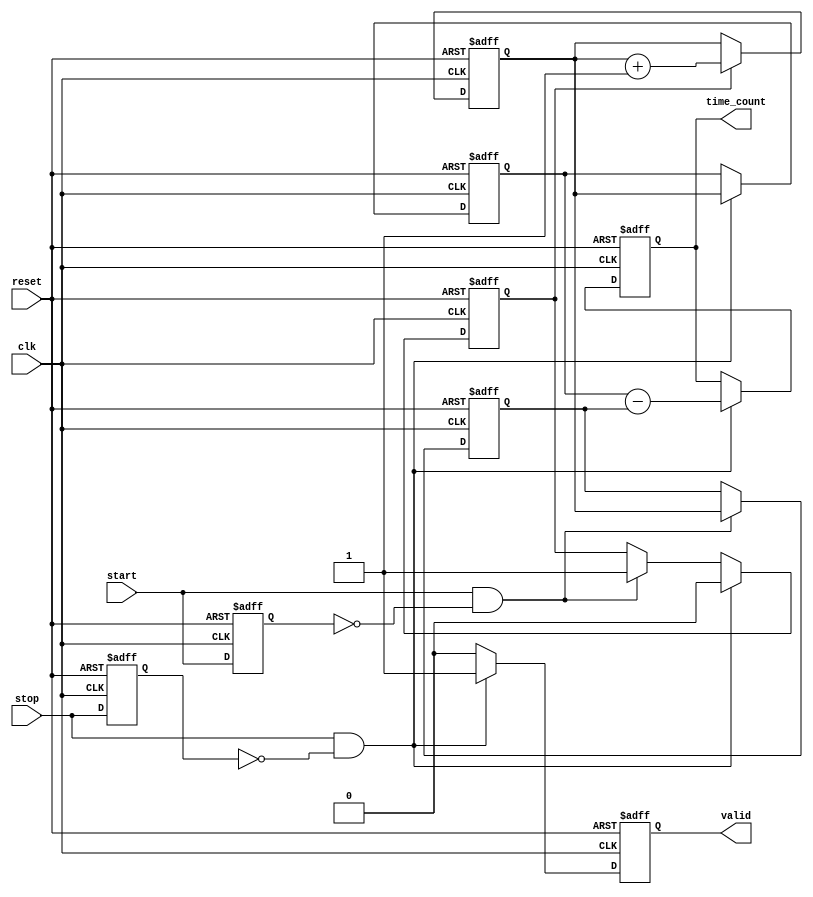
module Synchronized_TDC (
    input wire clk,           // Clock signal
    input wire start,         // Start signal
    input wire stop,          // Stop signal
    input wire reset,         // Reset signal
    output reg [N-1:0] time_count, // Time count output
    output reg valid          // Valid signal output
);
    parameter N = 32; // Number of bits for the counter

    reg [N-1:0] counter;        // Counter to measure time
    reg [N-1:0] start_time;     // Latched start timestamp
    reg [N-1:0] stop_time;      // Latched stop timestamp
    reg counting;               // Counting state flag

    // Rising edge detection for start and stop signals
    reg start_prev;
    reg stop_prev;

    always @(posedge clk or posedge reset) begin
        if (reset) begin
            // Reset all registers and outputs
            counter <= 0;
            start_time <= 0;
            stop_time <= 0;
            time_count <= 0;
            valid <= 0;
            counting <= 0;
            start_prev <= 0;
            stop_prev <= 0;
        end else begin
            // Update previous states for edge detection
            start_prev <= start;
            stop_prev <= stop;

            // Counter logic
            if (counting) begin
                counter <= counter + 1; // Increment counter
            end

            // Start signal detection
            if (start && !start_prev) begin
                start_time <= counter; // Capture the start time
                counting <= 1;         // Enable counting
            end

            // Stop signal detection
            if (stop && !stop_prev) begin
                stop_time <= counter;  // Capture the stop time
                counting <= 0;         // Disable counting
                time_count <= stop_time - start_time; // Calculate time interval
                valid <= 1;            // Set valid signal
            end else begin
                valid <= 0;            // Clear valid signal if not stopped
            end
        end
    end
endmodule